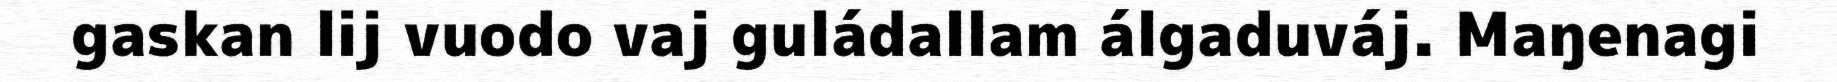
gaskan lij vuodo vaj guládallam álgaduváj. Maŋenagi